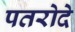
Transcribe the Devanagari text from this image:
पतरोदे